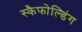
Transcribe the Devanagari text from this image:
स्कैफोल्डिंग